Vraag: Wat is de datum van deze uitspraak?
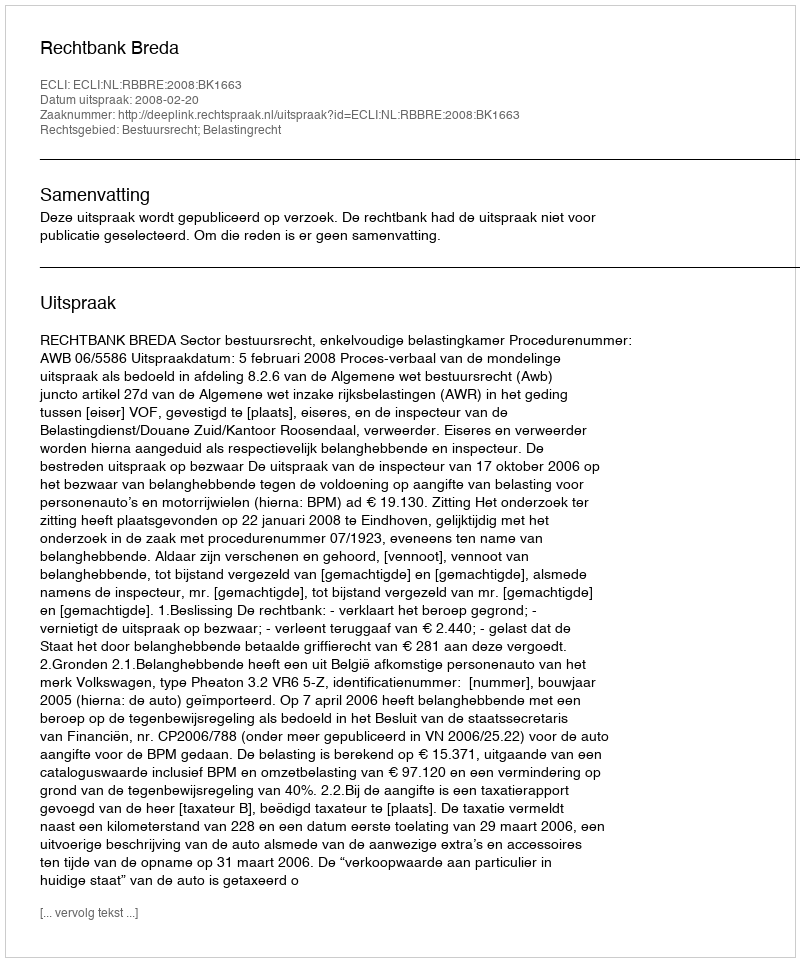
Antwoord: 2008-02-20